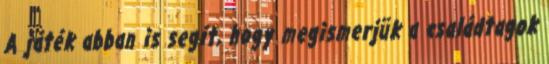
A játék abban is segít, hogy megismerjük a családtagok